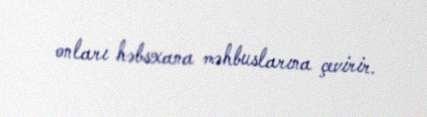
onları həbsxana məhbuslarına çevirir.